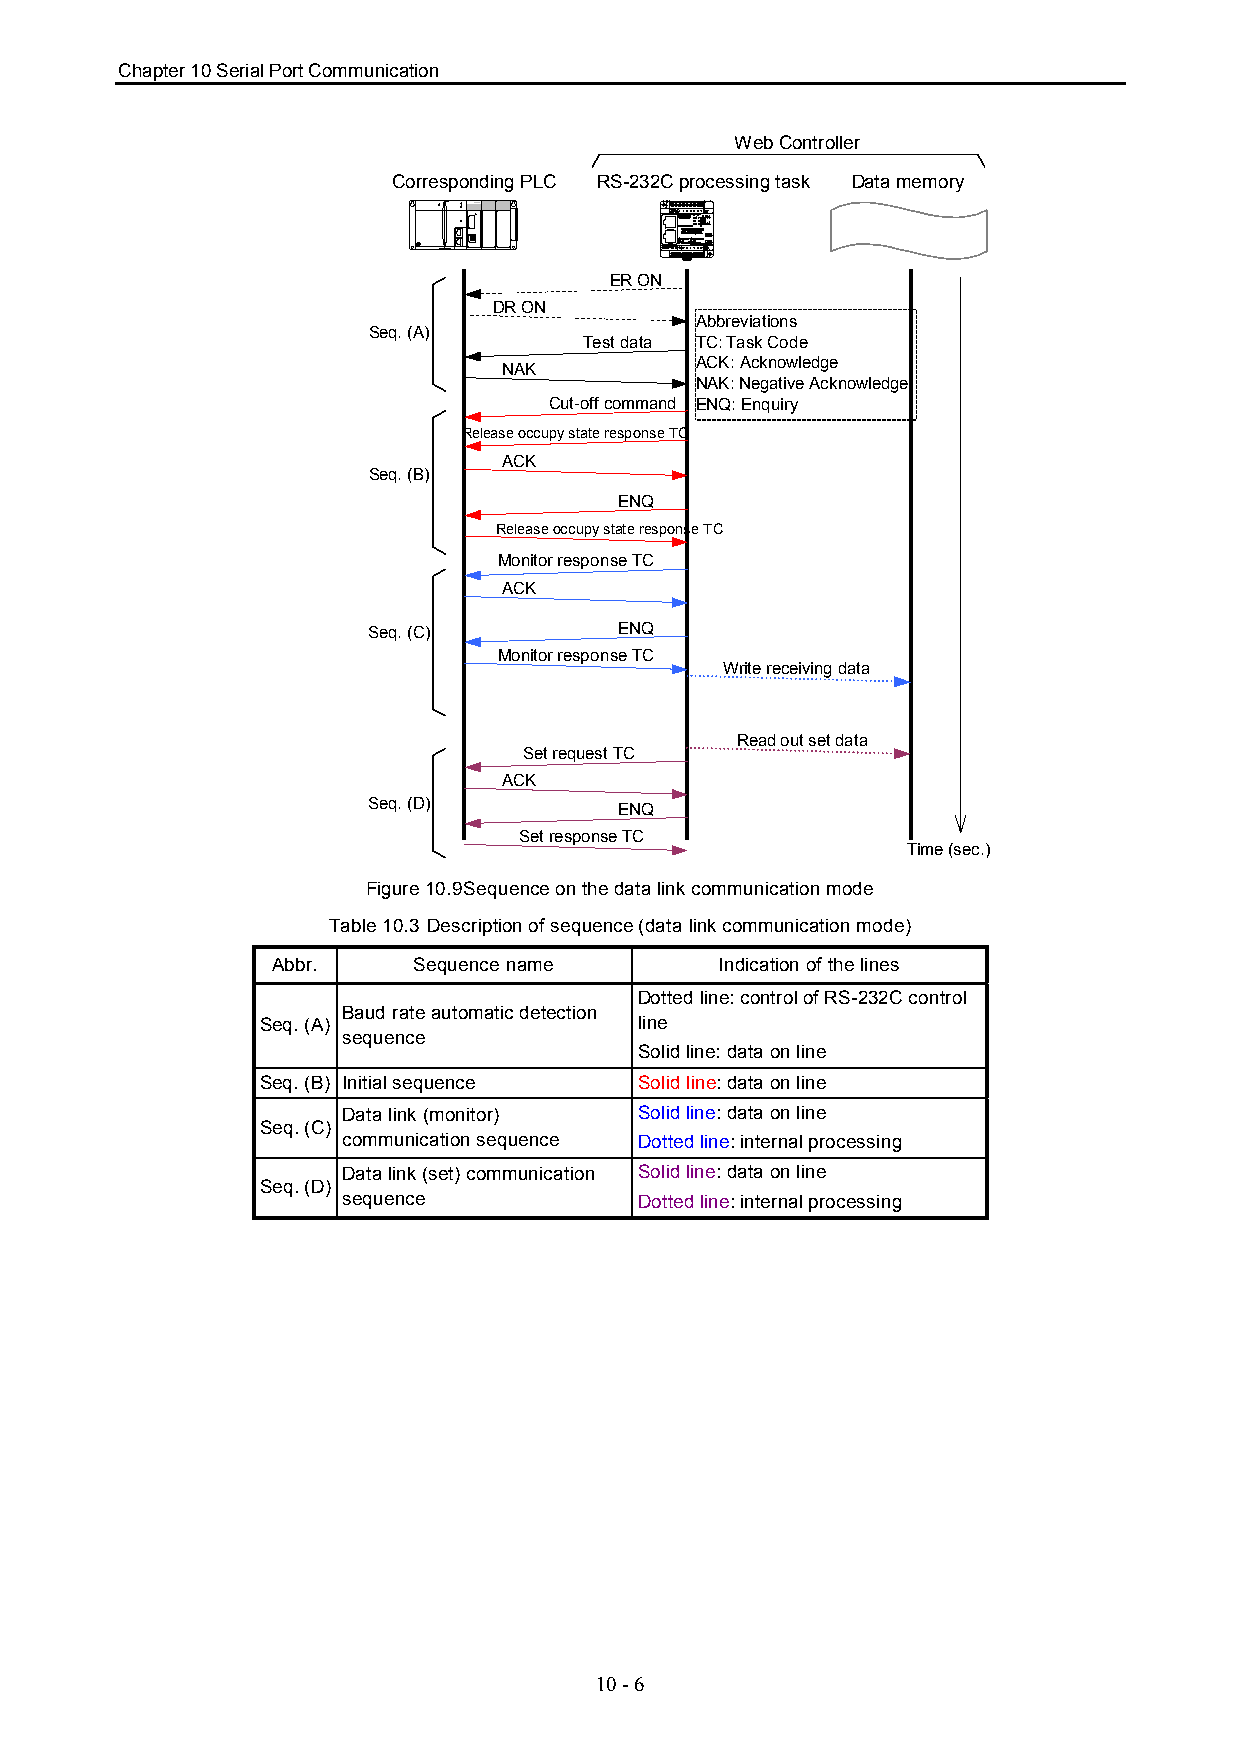
Chapter 10 Serial Port Communication
 Web Controller
 Corresponding PLC RS-232C processing task Data memory
 ＥＥＥＥＴＴＴＴＨＨＨＨＥＥＥＥＲＲＲＲＮＮＮＮＥＥＥＥＴＴＴＴ
 ＳＳＳＳＥＥＥＥＲＲＲＲＩＩＩＩＡＡＡＡＬＬＬＬ
 ER ON
 DR ON
 Abbreviations
 Seq. (A)
 Test data TC: Task Code
 ACK: Acknowledge
 NAK
 NAK: Negative Acknowledge
 Cut-off command ENQ: Enquiry
 Release occupy state response TC
 ACK
 Seq. (B)
 ENQ
 Release occupy state response TC
 Monitor response TC
 ACK
 Seq. (C)         ENQ
 Monitor response TC
 Write receiving data
 Read out set data
 Set request TC
 ACK
 Seq. (D)         ENQ
 Set response TC
 Time (sec.)
 Figure 10.9Sequence on the data link communication mode
 Table 10.3 Description of sequence (data link communication mode)
 Abbr.    Sequence name        Indication of the lines
 Dotted line: control of RS-232C control
 Baud rate automatic detection
 Seq. (A)                 line
 sequence
 Solid line: data on line
 Seq. (B) Initial sequence Solid line: data on line
 Data link (monitor) Solid line: data on line
 Seq. (C)
 communication sequence Dotted line: internal processing
 Data link (set) communication Solid line: data on line
 Seq. (D)
 sequence           Dotted line: internal processing
 10 - 6